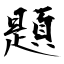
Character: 題